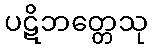
ပဋိဘတ္တေသု